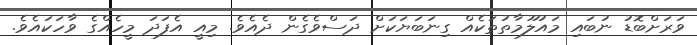
ވަރަށްބޮޑު ނުބައި މައުލޫމާތުތަކެއް ގިނަބަޔަކަށް ދަސްވެގެން ދެއެވެ. މިއީ އެފަދަ މީހެއްގެ ވާހަކައެވެ.